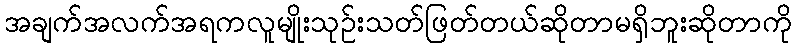
အချက်အလက်အရကလူမျိုးသုဉ်းသတ်ဖြတ်တယ်ဆိုတာမရှိဘူးဆိုတာကို